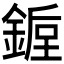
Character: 𰼿